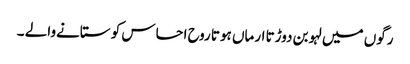
رگوں میں لہو بن دوڑتا ارماں ہوتا روح احساس کو ستانےوالے ۔